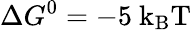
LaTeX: \Delta G^{0}=-5~\mathrm{{k_{B}T}}